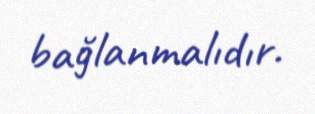
bağlanmalıdır.